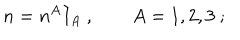
n = n ^ { A } I _ { A } \ , \qquad A = 1 , 2 , 3 \ ;